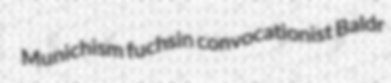
Munichism fuchsin convocationist Baldr